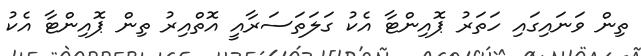
ތިން ވަނައިގައި ހަތަރު ޕޮއިންޓާ އެކު ގަލަތަސަރާއީ އޮތްއިރު ތިން ޕޮއިންޓާ އެކު